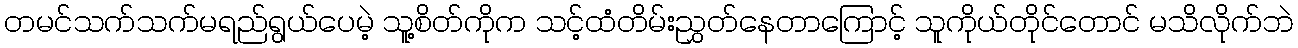
တမင်သက်သက်မရည်ရွယ်ပေမဲ့ သူ့စိတ်ကိုက သင့်ထံတိမ်းညွှတ်နေတာကြောင့် သူကိုယ်တိုင်တောင် မသိလိုက်ဘဲ